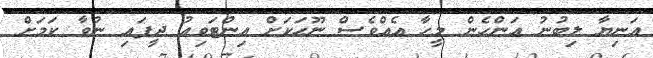
އަނިޔާ ލިބުނު އަންހެން މީހާ އެއްވެސް ނޫހަކަށް އިންޓަވިއު ދީފައި ނުވާ ކަމަށް